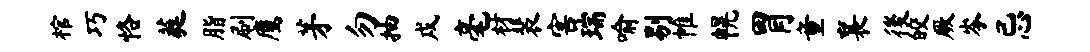
棺巧恪蕤脂刷鹰茅勿抽戍毫材裴害瑞喻剔帷幌胃童襄後皎厥岑忌